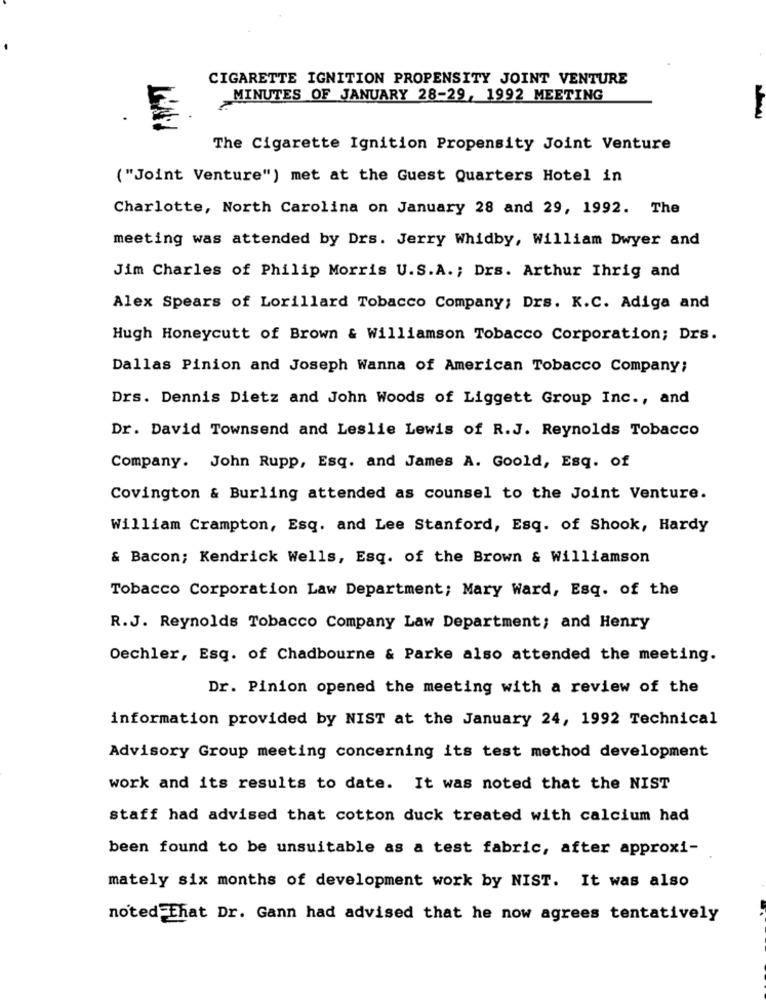
CIGARETTE IGNITION PROPENSITY JOINT VENTURE
MINUTES OF JANUARY 28-29, 1992 MEETING
The Cigarette Ignition Propensity Joint Venture
( "Joint Venture") met at the Guest Quarters Hotel in
Charlotte, North Carolina on January 28 and 29, 1992. The
meeting was attended by Drs. Jerry Whidby, William Dwyer and
Jim Charles of Philip Morris U.S.A. ; Drs. Arthur Ihrig and
Alex Spears of Lorillard Tobacco Company; Drs. K.C. Adiga and
Hugh Honeycutt of Brown & Williamson Tobacco Corporation; Drs.
Dallas Pinion and Joseph Wanna of American Tobacco Company;
Drs. Dennis Dietz and John Woods of Liggett Group Inc ., and
Dr. David Townsend and Leslie Lewis of R.J. Reynolds Tobacco
Company. John Rupp, Esq. and James A. Goold, Esq. of
Covington & Burling attended as counsel to the Joint Venture.
William Crampton, Esq. and Lee Stanford, Esq. of Shook, Hardy
& Bacon; Kendrick Wells, Esq. of the Brown & Williamson
Tobacco Corporation Law Department; Mary Ward, Esq. of the
R.J. Reynolds Tobacco Company Law Department; and Henry
Oechler, Esq. of Chadbourne & Parke also attended the meeting.
Dr. Pinion opened the meeting with a review of the
information provided by NIST at the January 24, 1992 Technical
Advisory Group meeting concerning its test method development
work and its results to date. It was noted that the NIST
staff had advised that cotton duck treated with calcium had
been found to be unsuitable as a test fabric, after approxi-
mately six months of development work by NIST. It was also
noted That Dr. Gann had advised that he now agrees tentatively